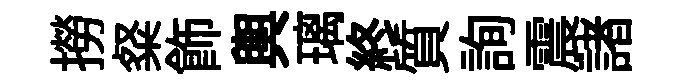
撈粲飾輿璃終質詢震諸